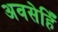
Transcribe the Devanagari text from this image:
अवसेहिँ